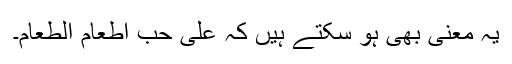
یہ معنی بھی ہو سکتے ہیں کہ عَلیٰ حُبِّ اِطْعَامِ الطَّعَامِ۔